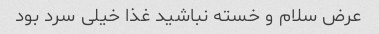
عرض سلام و خسته نباشید غذا خیلی سرد بود